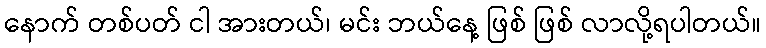
နောက် တစ်ပတ် ငါ အားတယ်၊ မင်း ဘယ်နေ့ ဖြစ် ဖြစ် လာလို့ရပါတယ်။